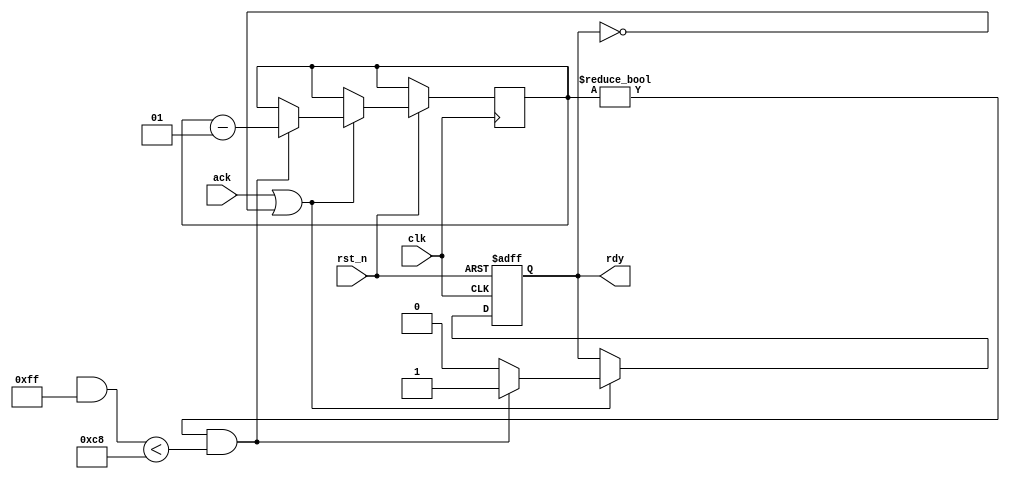
module PPRandomSrc #(
	parameter PROB = 200,
	parameter ORDER = 8
)(
	input      clk,
	input      rst_n,
	output reg rdy,
	input      ack
);

localparam MASK = (1<<ORDER)-1;
integer count;
always @(posedge clk or negedge rst_n) begin
	if(!rst_n) begin
		rdy <= 0;
	end else if (ack || !rdy) begin
		if (count != 0 && ($random & MASK) < PROB) begin
			rdy <= 1;
			count <= count - 1;
		end else begin
			rdy <= 0;
		end
	end
end

endmodule

//////////
//////////

module PPRandomDst #(
	parameter PROB = 200,
	parameter ORDER = 8
)(
	input      clk,
	input      rst_n,
	input      rdy,
	output reg ack
);

integer count;
localparam MASK = (1<<ORDER)-1;
reg can_ack;
always@* ack = can_ack & rdy;
always @(posedge clk or negedge rst_n) begin
	if(!rst_n || rdy) begin
		can_ack <= count != 0 && ($random&MASK) < PROB;
	end
	if (ack) begin
		count <= count - 1;
	end
end

endmodule

//////////
//////////

module PPCheck #(
	parameter BW = 0
)(
	input clk,
	input rst_n,
	input [BW:0] rdy_and_dat,
	input ack
);

reg should_keep;
reg [BW:0] prev;
always @(posedge clk or negedge rst_n) begin
	if(!rst_n) begin
		should_keep <= 0;
	end else begin
		if (should_keep && (prev !== rdy_and_dat || ^prev === 1'bx)) begin
			$display("Protocol not met %m");
			$display("+====================+");
			$display("|  Simulation Abort  |");
			$display("+====================+");
			$finish;
		end
		prev <= rdy_and_dat;
		should_keep <= {rdy_and_dat[BW],ack} == 2'b10;
	end
end

endmodule

//////////
//////////

module PPFileInitiator #(
	parameter BW=1,
	parameter [127:0] FMT="%d"
)(
	input clk,
	input rst_n,
	input rdy,
	input ack,
	output reg [BW-1:0] dat
);

localparam [BW-1:0] X = {BW{1'bx}};

integer fp;
reg [BW-1:0] dat_w, dat_r;

always @* dat = rdy ? dat_r: X;

always @(posedge clk or negedge rst_n) begin
	if(!rst_n) begin
		$fseek(fp, 0, 0);
		$fscanf(fp, FMT, dat_r);
	end else if (ack) begin
		if ($feof(fp)) begin
			dat_w = X;
		end else begin
			$fscanf(fp, FMT, dat_w);
		end
		dat_r <= dat_w;
	end
end

endmodule

//////////
//////////

module PPFileMonitor #(
	parameter BW=1,
	parameter [127:0] FMT="%d",
	parameter MAX_ERR = 100
)(
	input clk,
	input rst_n,
	input ack,
	input [BW-1:0] dat
);

localparam [BW-1:0] X = {BW{1'bx}};

integer fp, expected;
integer error, received;
reg [BW-1:0] dat_r;
reg [BW-1:0] dat_w;
task Report;
	inout pass;
begin
	$display("Report of %m:"              );
	$display("    %10d Expected", expected);
	$display("    %10d Received", received);
	$display("    %10d Error"   , error   );
	pass = pass && expected === received && error === 0;
end
endtask

always @(posedge clk or negedge rst_n) begin
	if(!rst_n) begin
		$fseek(fp, 0, 0);
		error = 0;
		received = 0;
		if ($feof(fp)) begin
			dat_w = X;
		end else begin
			$fscanf(fp, FMT, dat_r);
		end
	end else if (ack) begin
		if ($feof(fp)) begin
			dat_w = X;
		end else begin
			$fscanf(fp, FMT, dat_w);
		end
		dat_r <= dat_w;
		received <= received + 1;
		if (^dat === 1'bx || dat_r !== dat) begin
			$display("[%m] (Simulated/Expected) %x / %x", dat, dat_r);
			if (error == MAX_ERR) begin
				$display("%m max error (%d) reached", MAX_ERR);
				$display("+====================+");
				$display("|  Simulation Abort  |");
				$display("+====================+");
				$finish;
			end
			error <= error + 1;
		end
	end
end

endmodule